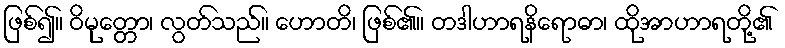
ဖြစ်၍။ ဝိမုတ္တော၊ လွတ်သည်။ ဟောတိ၊ ဖြစ်၏။ တဒါဟာရနိရောဓာ၊ ထိုအာဟာရတို့၏